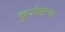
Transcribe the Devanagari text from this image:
कुर्यान्नान्यः